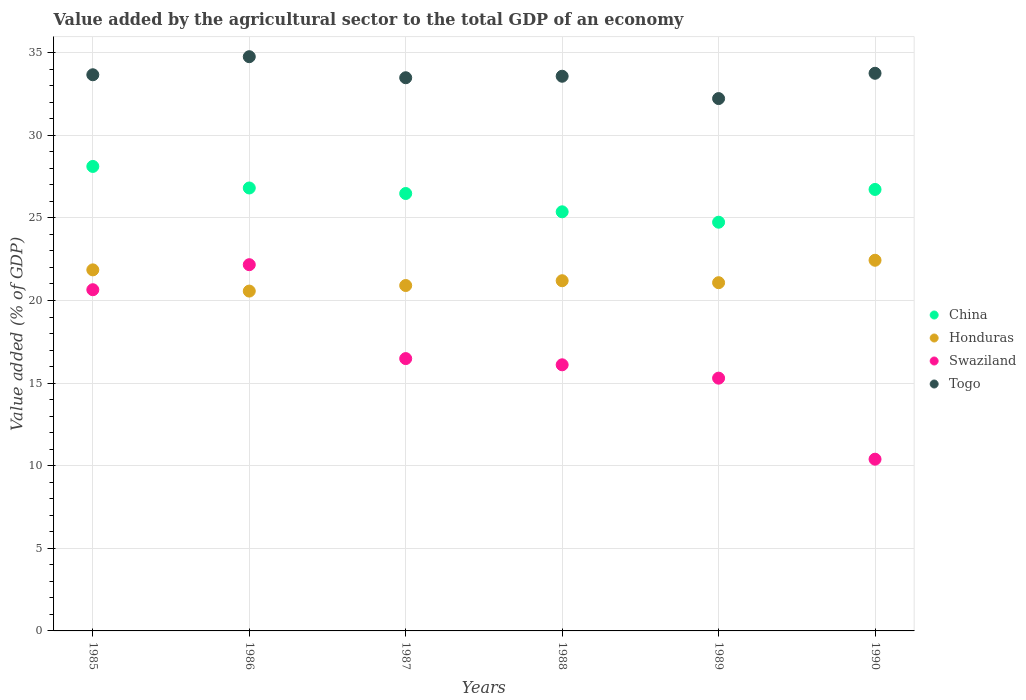
| Years | China | Honduras | Swaziland | Togo |
 | --- | --- | --- | --- | --- |
 | 1985 | 28.1 | 21.9 | 20.7 | 33.7 |
 | 1986 | 26.8 | 20.6 | 22.2 | 34.8 |
 | 1987 | 26.5 | 20.9 | 16.5 | 33.5 |
 | 1988 | 25.4 | 21.2 | 16.1 | 33.6 |
 | 1989 | 24.7 | 21.1 | 15.3 | 32.2 |
 | 1990 | 26.7 | 22.4 | 10.4 | 33.8 |